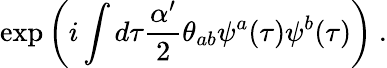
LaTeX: \exp\left(i\int d\tau\frac{\alpha^{\prime}}{2}\theta_{ab}\psi^{a}(\tau)\psi^{b}(\tau)\right)\ .